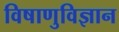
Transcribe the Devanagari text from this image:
विषाणुविज्ञान